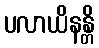
ပလာယိနန္တိ